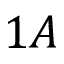
1 A